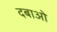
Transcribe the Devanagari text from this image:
दबाओ